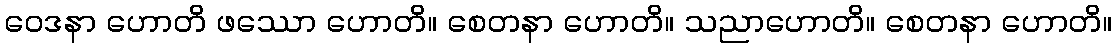
ဝေဒနာ ဟောတိ ဖဿော ဟောတိ။ စေတနာ ဟောတိ။ သညာဟောတိ။ စေတနာ ဟောတိ။